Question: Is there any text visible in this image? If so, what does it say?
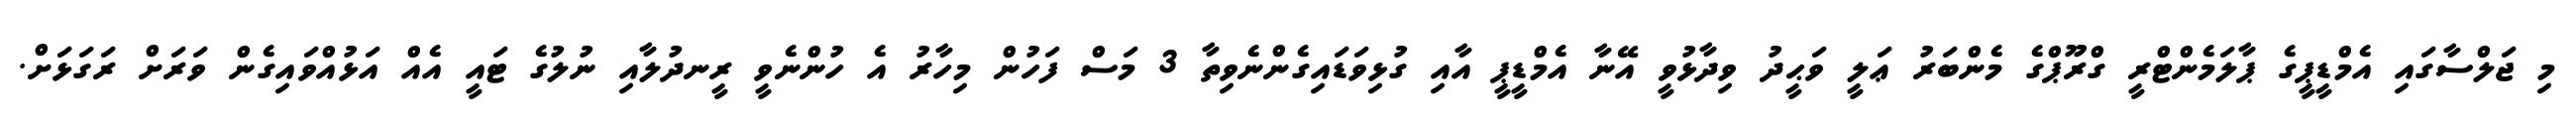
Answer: މި ޖަލްސާގައި އެމްޑީޕީގެ ޕާލަމެންޓްރީ ގްރޫޕްގެ މެންބަރު ޢަލީ ވަޙީދު ވިދާޅުވީ އޭނާ އެމްޑީޕީ އާއި ގުޅިވަޑައިގެންނެވިތާ 3 މަސް ފަހުން މިހާރު އެ ހުންނެވީ ރީނދުލާއި ނުލުގެ ޓައީ އެއް އަޅުއްވައިގެން ވަރަށް ރަގަޅަށް.